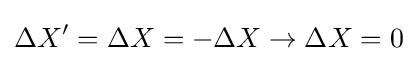
\Delta X'=\Delta X=-\Delta X\rightarrow \Delta X=0